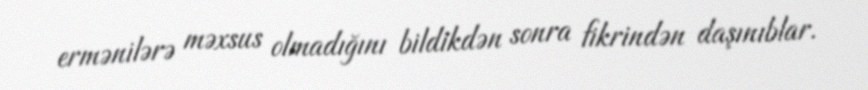
ermənilərə məxsus olmadığını bildikdən sonra fikrindən daşınıblar.